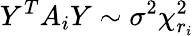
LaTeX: Y^{T}A_{i}Y\sim\sigma^{2}\chi_{r_{i}}^{2}